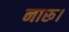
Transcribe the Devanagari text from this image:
नारू।